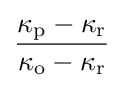
{\frac {\kappa _{\text{p}}-\kappa _{\text{r}}}{\kappa _{\text{o}}-\kappa _{\text{r}}}}